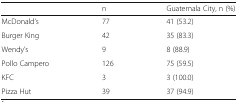
<table><thead><tr><td></td><td><b>n</b></td><td><b>Guatemala City, n (%)</b></td></tr></thead><tbody><tr><td>McDonald’s</td><td>77</td><td>41 (53.2)</td></tr><tr><td>Burger King</td><td>42</td><td>35 (83.3)</td></tr><tr><td>Wendy’s</td><td>9</td><td>8 (88.9)</td></tr><tr><td>Pollo Campero</td><td>126</td><td>75 (59.5)</td></tr><tr><td>KFC</td><td>3</td><td>3 (100.0)</td></tr><tr><td>Pizza Hut</td><td>39</td><td>37 (94.9)</td></tr></tbody></table>